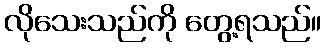
လိုသေးသည်ကို တွေ့ရသည်။